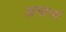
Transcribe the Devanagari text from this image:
अनात्मं